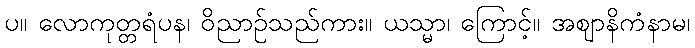
ပ။ လောကုတ္တရံပန၊ ဝိညာဉ်သည်ကား။ ယသ္မာ၊ ကြောင့်။ အဈာနိကံနာမ၊